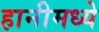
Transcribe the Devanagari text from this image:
हानीमध्ये